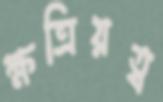
ক্ষত্রিয়ত্ব